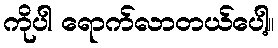
ကိုပါ ရောက်လာတယ်ပေါ့။